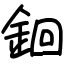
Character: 䤧